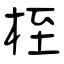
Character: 桎